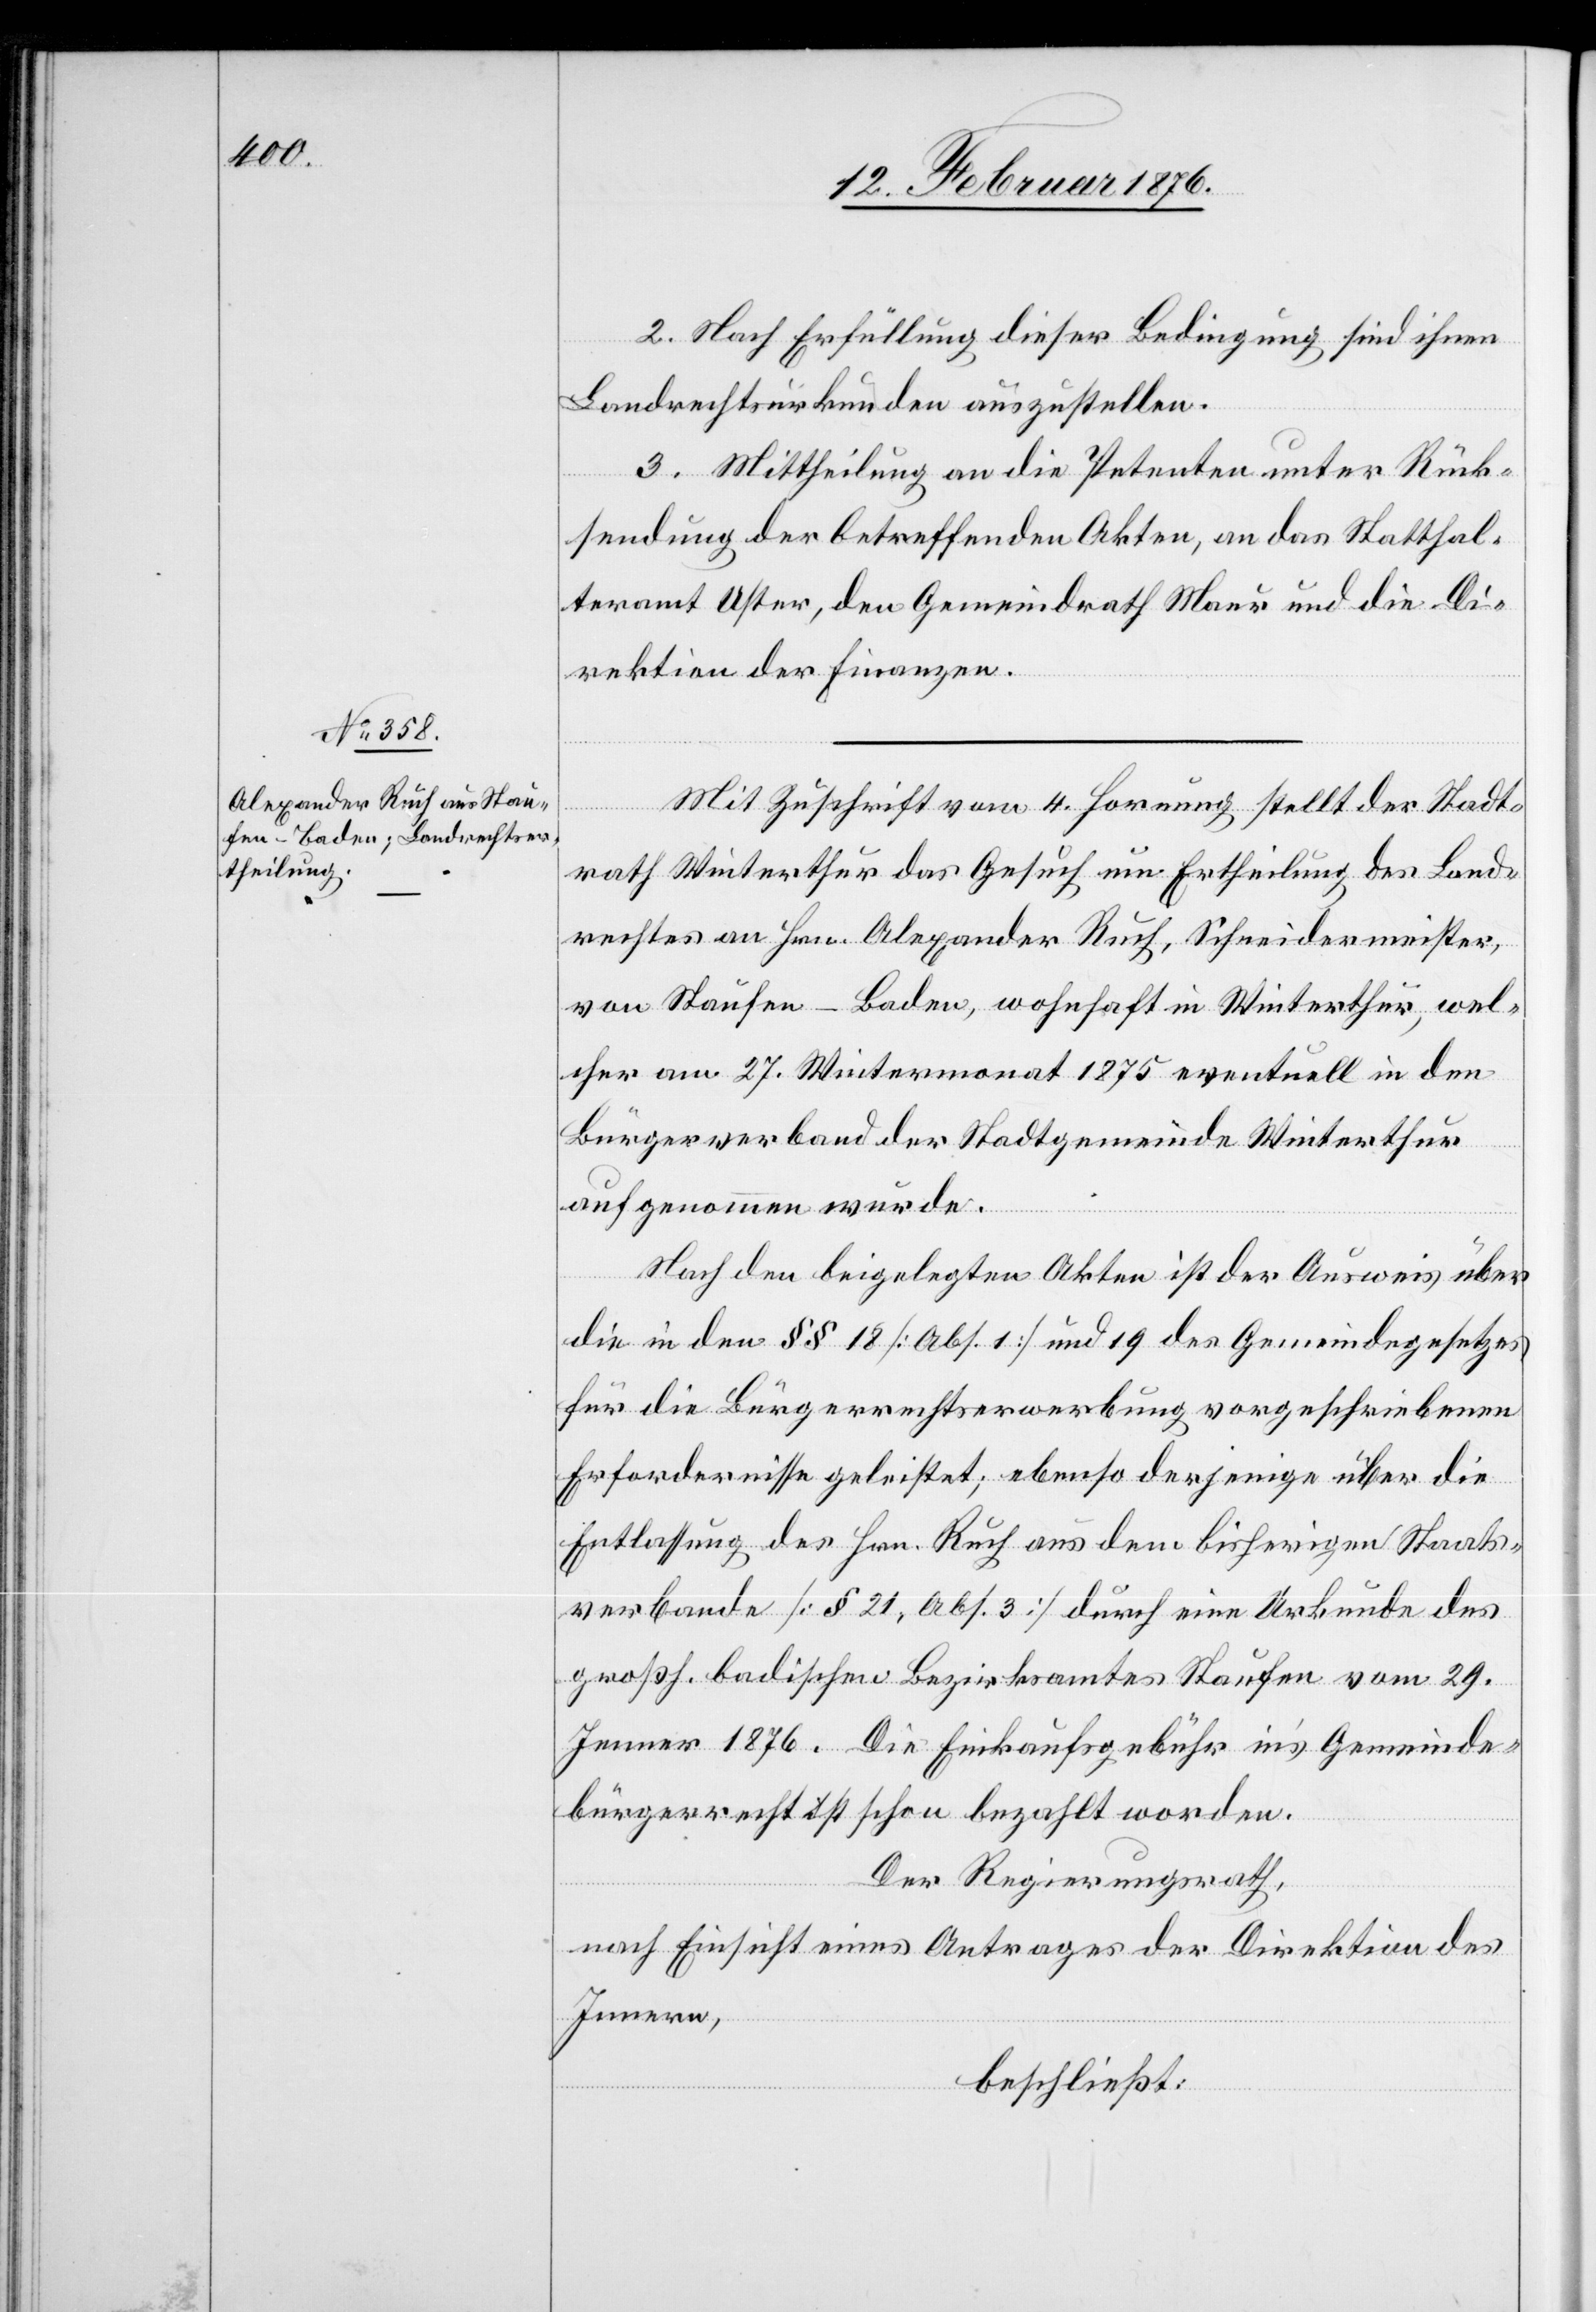
2. Nach Erfüllung dieser Bedingung sind ihnen
Landrechtsurkunden auszustellen.
3. Mittheilung an die Petenten unter Rück¬
sendung der betreffenden Akten, an das Statthal¬
teramt Uster, den Gemeindrath Maur und die Di¬
rektion der Finanzen.
Mit Zuschrift vom 4. Hornung stellte der Stadt¬
rath Winterthur das Gesuch um Ertheilung des Land¬
rechtes an Hrn. Alexander Ruch, Schneidermeister,
von Hausen - Baden, wohnhaft in Winterthur, wel¬
cher am 27. Wintermonat 1875 eventuell in den
Bürgerverband der Stadtgemeinde Winterthur
aufgenommen wurde.
Nach den beigelegten Akten ist der Ausweis über
die in den §§ 18 [Abs. 1] und 19 des Gemeindegesetzes
für die Bürgerrechtserwerbung vorgeschriebenen
Erfordernisse geleistet; ebenso derjenige über die
Entlassung des Hrn. Ruch aus dem bisherigen Staats¬
verbande [§ 21, Abs. 3] durch eine Urkunde des
großh. badischen Bezirksamtes Staufen vom 29.
Jenner 1876. Die Einkaufsgebühr ins Gemeinde¬
bürgerrecht ist schon bezahlt worden.
Der Regierungsrath,
nach Einsicht eines Antrages der Direktion des
Innern,
beschließt: